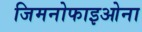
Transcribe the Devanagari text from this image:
जिमनोफाइओना